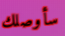
سأوصلك